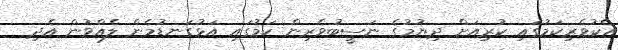
އެކުވެރިކަމުގައި ކުރިއަށް ދިޔުމުގެ ނަސީބުވެރިން ކަމުގައި އަޅުގަނޑުމެން ލެއްވުން އެދި